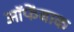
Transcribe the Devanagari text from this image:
ऑफेंबाक